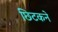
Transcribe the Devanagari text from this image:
छिटकने